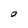
Character: O